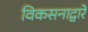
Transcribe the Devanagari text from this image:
विकसनाद्वारे